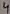
Text: 4